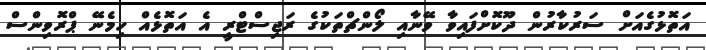
އަތޮޅުގެއަށް ސަރުކާރުން ދޫކޮށްފައިވާ ވޭނާއި ލޯންޗްތަކުގެ ރަޖިސްޓްރީ އެ އަތޮޅެއް ހިމެނޭ ޕްރޮވިންސް